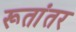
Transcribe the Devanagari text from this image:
रूतांतर